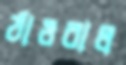
ঠাওরাল